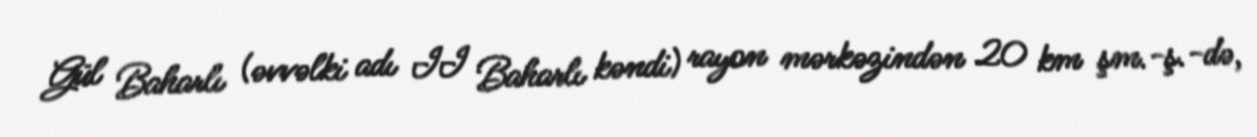
Gül Baharlı (əvvəlki adı II Baharlı kəndi) rayon mərkəzindən 20 km şm.-ş.-də,